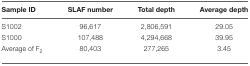
<table><thead><tr><td><b>Sample ID</b></td><td><b>SLAF number</b></td><td><b>Total depth</b></td><td><b>Average depth</b></td></tr></thead><tbody><tr><td>S1002</td><td>96,617</td><td>2,806,591</td><td>29.05</td></tr><tr><td>S1000</td><td>107,488</td><td>4,294,668</td><td>39.95</td></tr><tr><td>Average of F<sub>2</sub></td><td>80,403</td><td>277,265</td><td>3.45</td></tr></tbody></table>